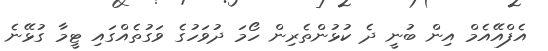
އެފްއޭއެމް އިން ބުނީ ދެ ކުޅުންތެރިން ހޯމަ ދުވަހުގެ ވަގުތެއްގައި ޓީމާ ގުޅޭނެ